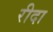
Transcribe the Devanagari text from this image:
रीदा